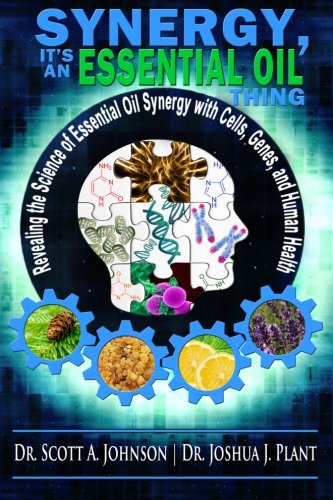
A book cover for Synergy, It's an Essential Oil Thing: Revealing the Science of Essential Oil Synergy with Cells, Genes, and Human Health; Dr. Scott A. Johnson; Health, Fitness & Dieting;